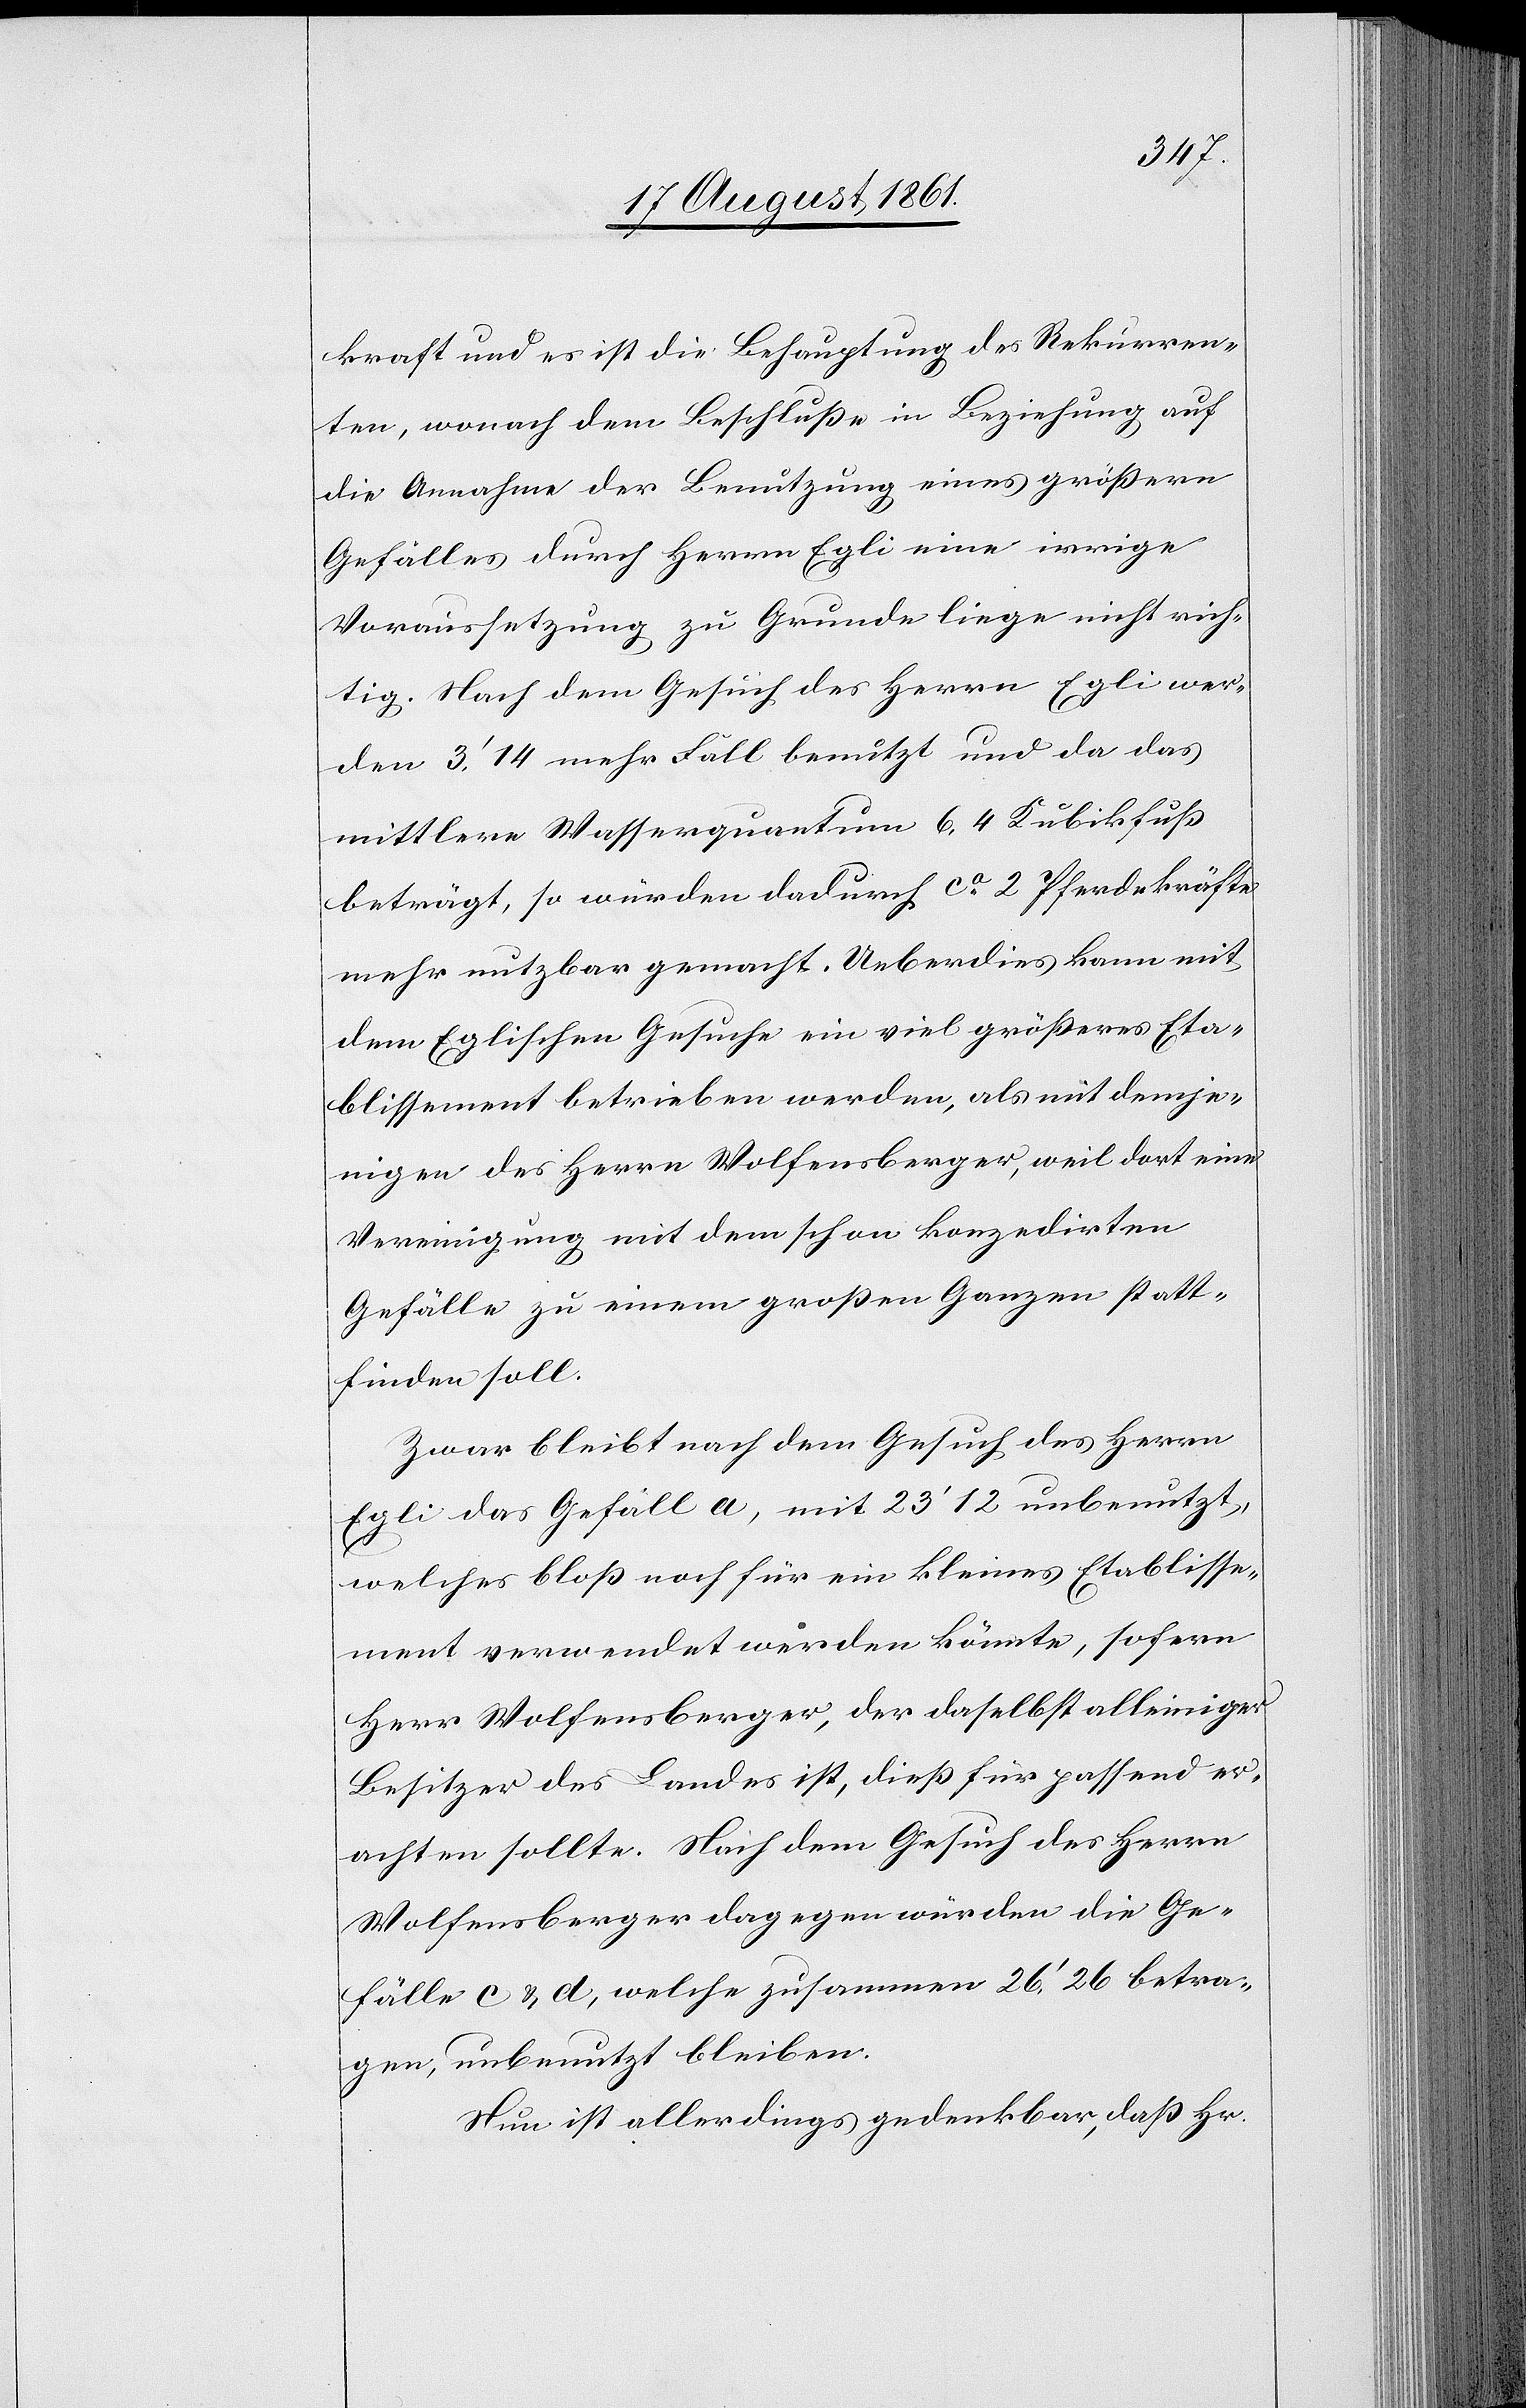
kraft und es ist die Behauptung des Rekurren¬
ten, wonach dem Beschluße in Beziehung auf
die Annahme der Benutzung eines größern
Gefälles durch Herrn Egli eine irrige
Voraussetzung zu Grunde liege nicht rich¬
tig. Nach dem Gesuch des Herrn Egli wer¬
den 3’14. mehr Fall benutzt und da das
mittlere Wasserquantum 6.4 Kubikfuß
beträgt, so würden dadurch ca 2 Pferdekräfte
mehr nutzbar gemacht. Ueberdies kann mit
dem Eglischen Gesuche ein viel größeres Eta¬
blissement betrieben werden, als mit demje¬
nigen des Herrn Wolfensberger, weil dort eine
Vereinigung mit dem schon konzedirten
Gefälle zu einem großen Ganzen statt¬
finden soll.
Zwar bleibt nach dem Gesuch des Herrn
Egli das Gefäll a, mit 23’12 unbenutzt,
welches bloß noch für ein kleines Etablisse¬
ment verwendet werden könnte, sofern
Herr Wolfensberger, der daselbst alleiniger
Besitzer des Landes ist, dieß für passend er¬
achten sollte. Nach dem Gesuch Wolfensberger
Gefälle c u. d, welche zusammen 26’26 betra¬
gen, unbenutzt bleiben.
Nun ist allerdings gedenkbar, daß Hr.